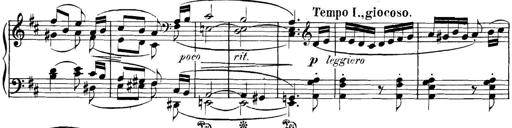
Title: 3 Sonatinas
Composer: Carl Reinecke